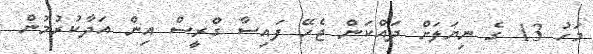
މަހު 13 ގެ ނިޔަލަށް ދައްކަން ޖެހޭ ފައިސާ ގްރީސް އިން އަދާކުރުމުން